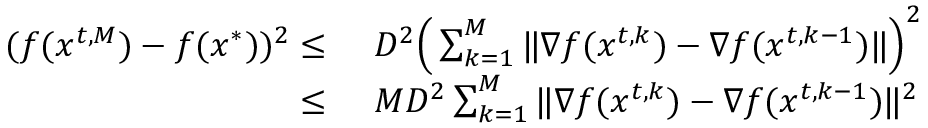
\begin{array} { r l } { ( f ( { x } ^ { t , M } ) - f ( { x } ^ { * } ) ) ^ { 2 } \le \ } & { D ^ { 2 } \Big ( \sum _ { k = 1 } ^ { M } \| \nabla f ( { x } ^ { t , k } ) - \nabla f ( { x } ^ { t , k - 1 } ) \| \Big ) ^ { 2 } } \\ { \le \ } & { M D ^ { 2 } \sum _ { k = 1 } ^ { M } \| \nabla f ( { x } ^ { t , k } ) - \nabla f ( { x } ^ { t , k - 1 } ) \| ^ { 2 } } \end{array}